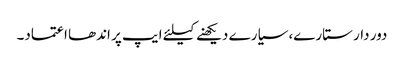
دور دار ستارے، سیارے دیکھنے کیلئے ایپ پر اندھا اعتماد۔